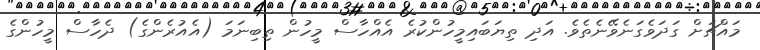
މައްޗަށް ގަދަވެގަނެވޭނެތެވެ. އަދި ތިޔަބައިމީހުންކުރެ އެއްހާސް މީހުން ތިބިނަމަ (އެއުރެންގެ) ދެހާސް މީހުންގެ